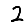
Digit: 2